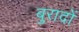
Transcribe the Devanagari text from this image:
बुरादों